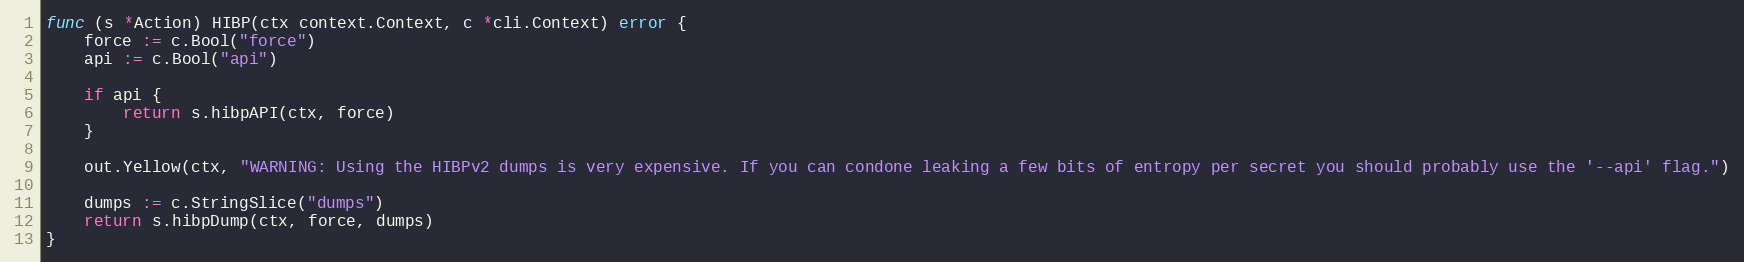
Language: Go
func (s *Action) HIBP(ctx context.Context, c *cli.Context) error {
	force := c.Bool("force")
	api := c.Bool("api")

	if api {
		return s.hibpAPI(ctx, force)
	}

	out.Yellow(ctx, "WARNING: Using the HIBPv2 dumps is very expensive. If you can condone leaking a few bits of entropy per secret you should probably use the '--api' flag.")

	dumps := c.StringSlice("dumps")
	return s.hibpDump(ctx, force, dumps)
}